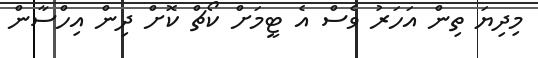
މިދިޔަ ތިން އަހަރު ވެސް އެ ޓީމަށް ކޯޗް ކޮށް ދިން އިހްސާން